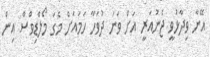
އޭނާ ވިދާޅުވީ ޖެނުއަރީ އަށް ވަނަ ދުވަހާ ހަމައަށް މެގަ މޯލްޑިވްސް އިން